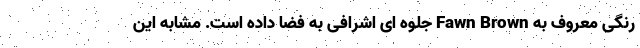
رنگی معروف به Fawn Brown جلوه ای اشرافی به فضا داده است. مشابه این